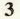
3